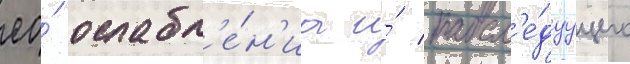
ео́ ослабл'е́н'иа и́ посл'е́дуущего